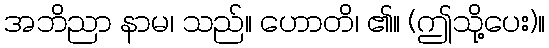
အဘိညာ နာမ၊ သည်။ ဟောတိ၊ ၏။ (ဤသို့ပေး)။